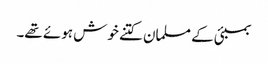
بمبئی کے مسلمان کتنے خوش ہوئے تھے۔